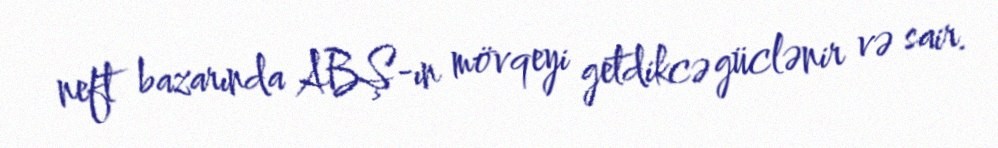
neft bazarında ABŞ-ın mövqeyi getdikcə güclənir və sair.